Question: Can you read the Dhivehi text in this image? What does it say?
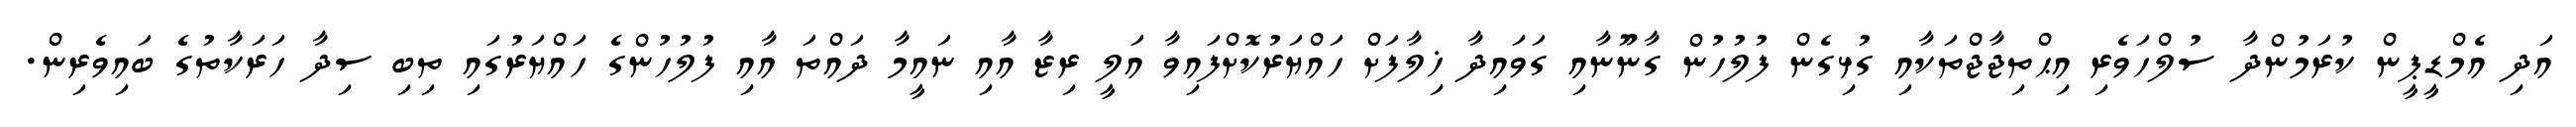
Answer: އަދި އެމްޑީޕީން ކުރަމުންދާ ސުލްހަވެރި އިޙްތިޖާޖްތަކާއި ގުޅިގެން ފުލުހުން ގާނޫނާއި ގަވައިދާ ޚިލާފަށް ހައްޔަރުކޮށްފައިވާ އަލީ ރިޒާ އާއި ނައީމާ ދައްތަ އާއި ފުލުހުންގެ ހައްޔަރުގައި ތިބި ސިދާ ހަރަކާތުގެ ބައިވެރިން.